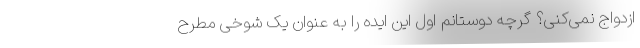
ازدواج نمی‌کنی؟ گرچه دوستانم اول این ایده را به عنوان یک شوخی مطرح